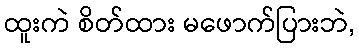
ထူးကဲ စိတ်ထား မဖောက်ပြားဘဲ,